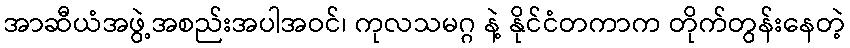
အာဆီယံအဖွဲ့အစည်းအပါအဝင်၊ ကုလသမဂ္ဂ နဲ့ နိုင်ငံတကာက တိုက်တွန်းနေတဲ့